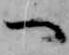
へ